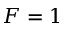
F = 1